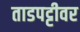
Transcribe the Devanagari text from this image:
ताडपट्टीवर